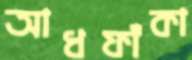
আধফাঁকা